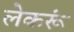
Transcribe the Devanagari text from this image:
लेकरूं